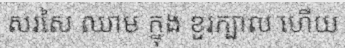
សរសៃ ឈាម ក្នុង ខួរក្បាល ហើយ